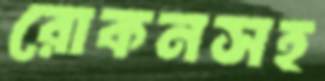
রোকনসহ